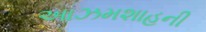
આઝમશાહની